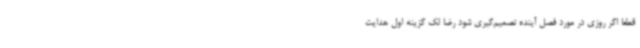
قطعاً اگر روزی در مورد فصل آینده تصمیم‌گیری شود رضا لک گزینه اول هدایت